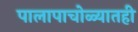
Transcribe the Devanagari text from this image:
पालापाचोळ्यातही